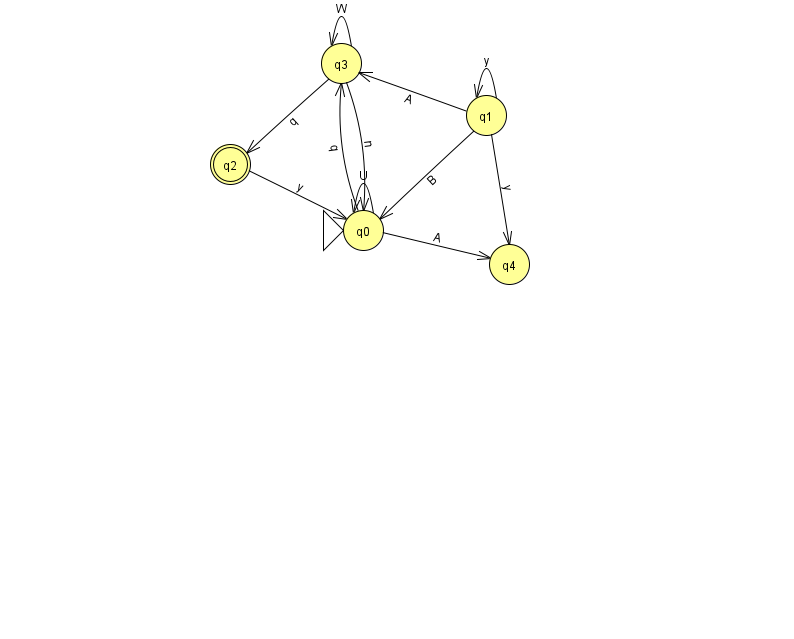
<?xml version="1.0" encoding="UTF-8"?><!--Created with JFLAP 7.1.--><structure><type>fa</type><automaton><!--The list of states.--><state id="0" name="q0"><x>363.0</x><y>217.0</y><initial/></state><state id="1" name="q1"><x>486.0</x><y>102.0</y></state><state id="2" name="q2"><x>230.0</x><y>151.0</y><final/></state><state id="3" name="q3"><x>341.0</x><y>50.0</y></state><state id="4" name="q4"><x>509.0</x><y>251.0</y></state><!--The list of transitions.--><transition><from>1</from><to>3</to><read>A</read></transition><transition><from>3</from><to>2</to><read>q</read></transition><transition><from>0</from><to>0</to><read>U</read></transition><transition><from>1</from><to>0</to><read>B</read></transition><transition><from>1</from><to>4</to><read>y</read></transition><transition><from>0</from><to>3</to><read>q</read></transition><transition><from>3</from><to>3</to><read>W</read></transition><transition><from>1</from><to>1</to><read>y</read></transition><transition><from>3</from><to>0</to><read>n</read></transition><transition><from>0</from><to>4</to><read>A</read></transition><transition><from>2</from><to>0</to><read>y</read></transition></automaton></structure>